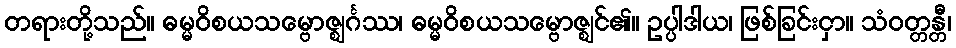
တရားတို့သည်။ ဓမ္မဝိစယသမ္ဗောဇ္ဈင်္ဂဿ၊ ဓမ္မဝိစယသမ္ဗောဇ္ဈင်၏။ ဥပ္ပါဒါယ၊ ဖြစ်ခြင်းငှာ။ သံဝတ္တန္တီ၊